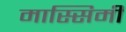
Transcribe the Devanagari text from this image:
मास्सिमी